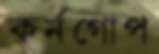
কর্নগোপ